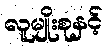
လူမျိုးစုနှင့်